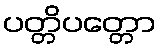
ပတ္တိပတ္တော